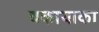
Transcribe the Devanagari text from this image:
बकायाका